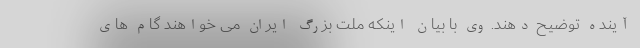
آینده توضیح دهند. وی با بیان اینکه ملت بزرگ ایران می خواهند گام های